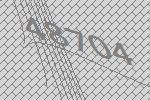
48704